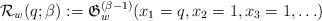
\begin{gather*}{\cal{R}}_{w}(q;\beta) := \mathfrak{G}_{w}^{(\beta-1)}(x_1=q,x_2=1,x_3=1,\ldots)\end{gather*}